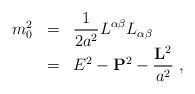
LaTeX: \begin{align*}\begin{array}{rcl}m_0^2&=&\displaystyle\frac{1}{2a^2}L^{\alpha\beta}L_{\alpha\beta}\\ &=&E^2-{\bf P}^2-\displaystyle\frac{{\bf L}^2}{a^2}~,\end{array}\end{align*}